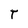
Character: T